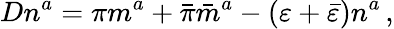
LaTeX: Dn^{a}=\pi m^{a}+{\bar{\pi}}{\bar{m}}^{a}-(\varepsilon+{\bar{\varepsilon}})n^{a}\, ,